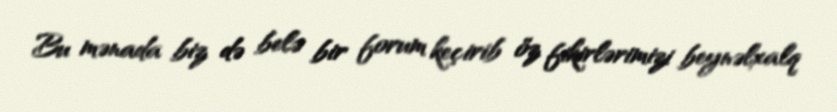
Bu mənada biz də belə bir forum keçirib öz fikirlərimizi beynəlxalq